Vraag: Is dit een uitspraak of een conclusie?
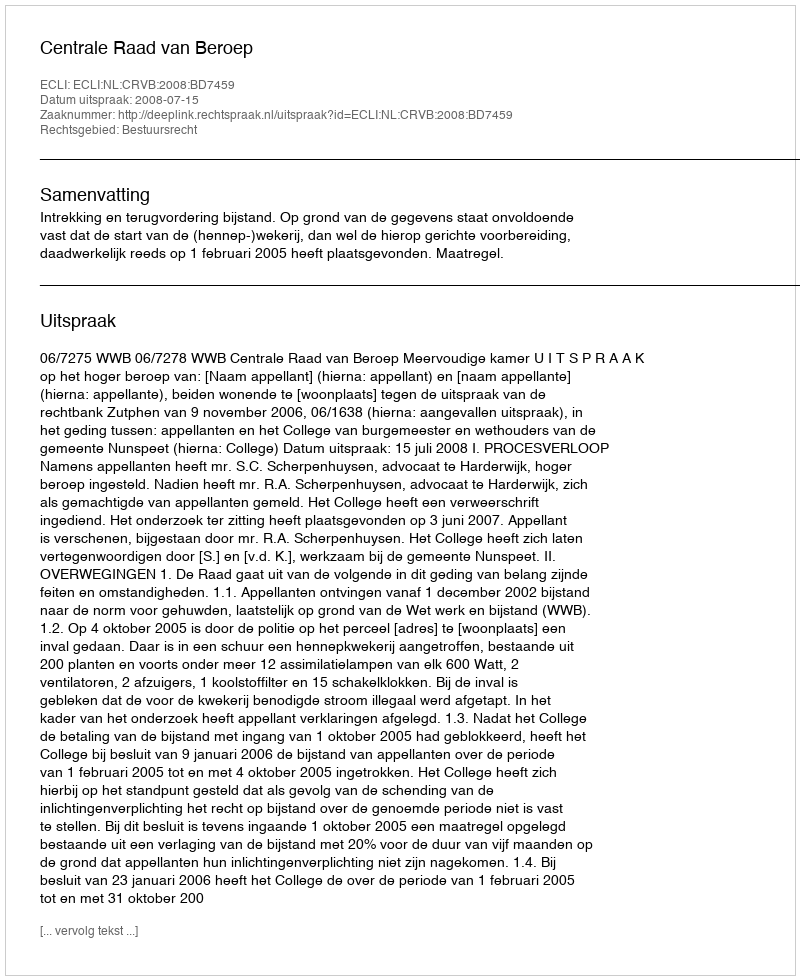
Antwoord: Uitspraak